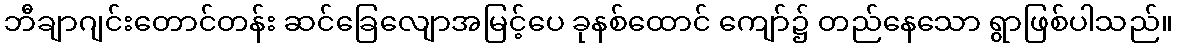
ဘီချာဂျင်းတောင်တန်း ဆင်ခြေလျောအမြင့်ပေ ခုနစ်ထောင် ကျော်၌ တည်နေသော ရွာဖြစ်ပါသည်။